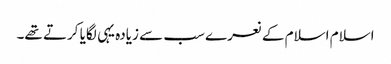
اسلام اسلام کے نعرے سب سے زیادہ یہی لگایا کرتے تھے۔